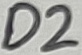
Text: D2